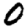
Digit: 0